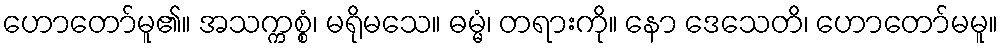
ဟောတော်မူ၏။ အသက္ကစ္စံ၊ မရိုမသေ။ ဓမ္မံ၊ တရားကို။ နော ဒေသေတိ၊ ဟောတော်မမူ။